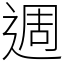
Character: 週